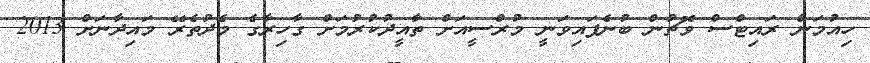
ހިއުމަން ރައިޓްސް ވޮޗުން ބުނެފައިވަނީ މުރްސީއަށް ތާއީދުކުރުމަށް ގާހިރާގެ މެދުތެރޭ މައިދާނަށް 2013